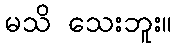
မသိ သေးဘူး။